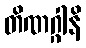
တိဏဂ္ဂါနိ